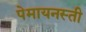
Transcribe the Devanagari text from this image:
पेमायनस्‍ती